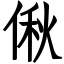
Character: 偢